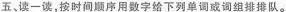
五、读一读,按时间顺序用数字给下列单词或词组排排队.